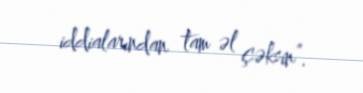
iddialarından tam əl çəksin”.